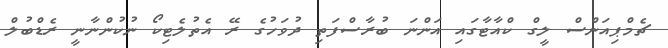
ޗެމްޕިއަންސް ލީގް ކްއާޓާގައި އަންނަ ބުރާސްފަތި ދުވަހުގެ ރޭ އެތުލެޓިކޯ ނުކުންނާނީ ރެޑްބުލް